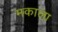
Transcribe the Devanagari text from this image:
मकाला